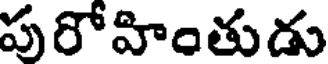
పురోహింతుడు